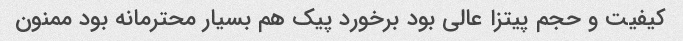
کیفیت و حجم پیتزا عالی بود برخورد پیک هم بسیار محترمانه بود ممنون